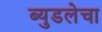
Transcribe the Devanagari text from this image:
ब्युडलेचा